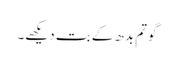
گوتم بدھ کے بت دیکھے۔